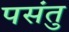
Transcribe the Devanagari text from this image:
पसंतु